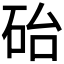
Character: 𪿘